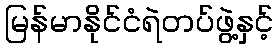
မြန်မာနိုင်ငံရဲတပ်ဖွဲ့နှင့်